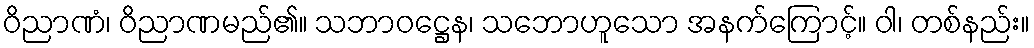
ဝိညာဏံ၊ ဝိညာဏမည်၏။ သဘာဝဋ္ဌေန၊ သဘောဟူသော အနက်ကြောင့်။ ဝါ၊ တစ်နည်း။